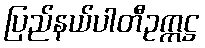
ပြည်နယ်ပါတီဥက္ကဋ္ဌ